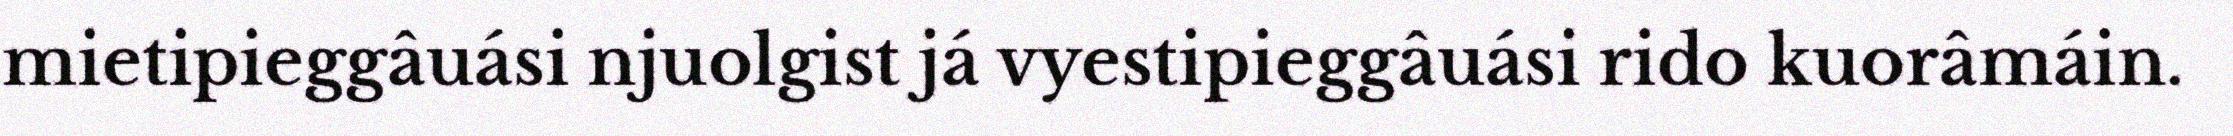
mietipieggâuási njuolgist já vyestipieggâuási rido kuorâmáin.